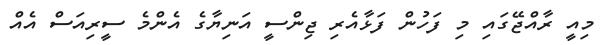
މިއީ ރާއްޖޭގައި މި ފަހުން ފަޅާއެރި ޖިންސީ އަނިޔާގެ އެންމެ ސީރިއަސް އެއް